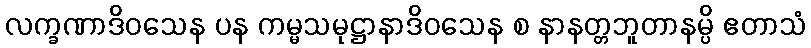
လက္ခဏာဒိဝသေန ပန ကမ္မသမုဋ္ဌာနာဒိဝသေန စ နာနတ္တဘူတာနမ္ပိ ဧတာသံ